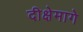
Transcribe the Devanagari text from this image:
दीक्षेमागे